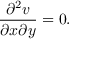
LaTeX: { \frac { \partial ^ { 2 } v } { \partial x \partial y } } = 0 .